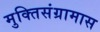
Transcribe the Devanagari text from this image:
मुक्तिसंग्रामास